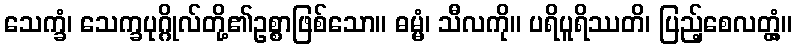
သေက္ခံ၊ သေက္ခပုဂ္ဂိုလ်တို့၏ဥစ္စာဖြစ်သော။ ဓမ္မံ၊ သီလကို။ ပရိပူရိဿတိ၊ ပြည့်စေလတ္တံ့။